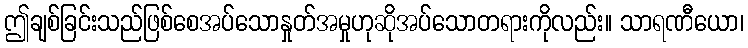
ဤချစ်ခြင်းသည်ဖြစ်စေအပ်သောနှုတ်အမှုဟုဆိုအပ်သောတရားကိုလည်း။ သာရဏီယော၊